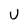
Character: U